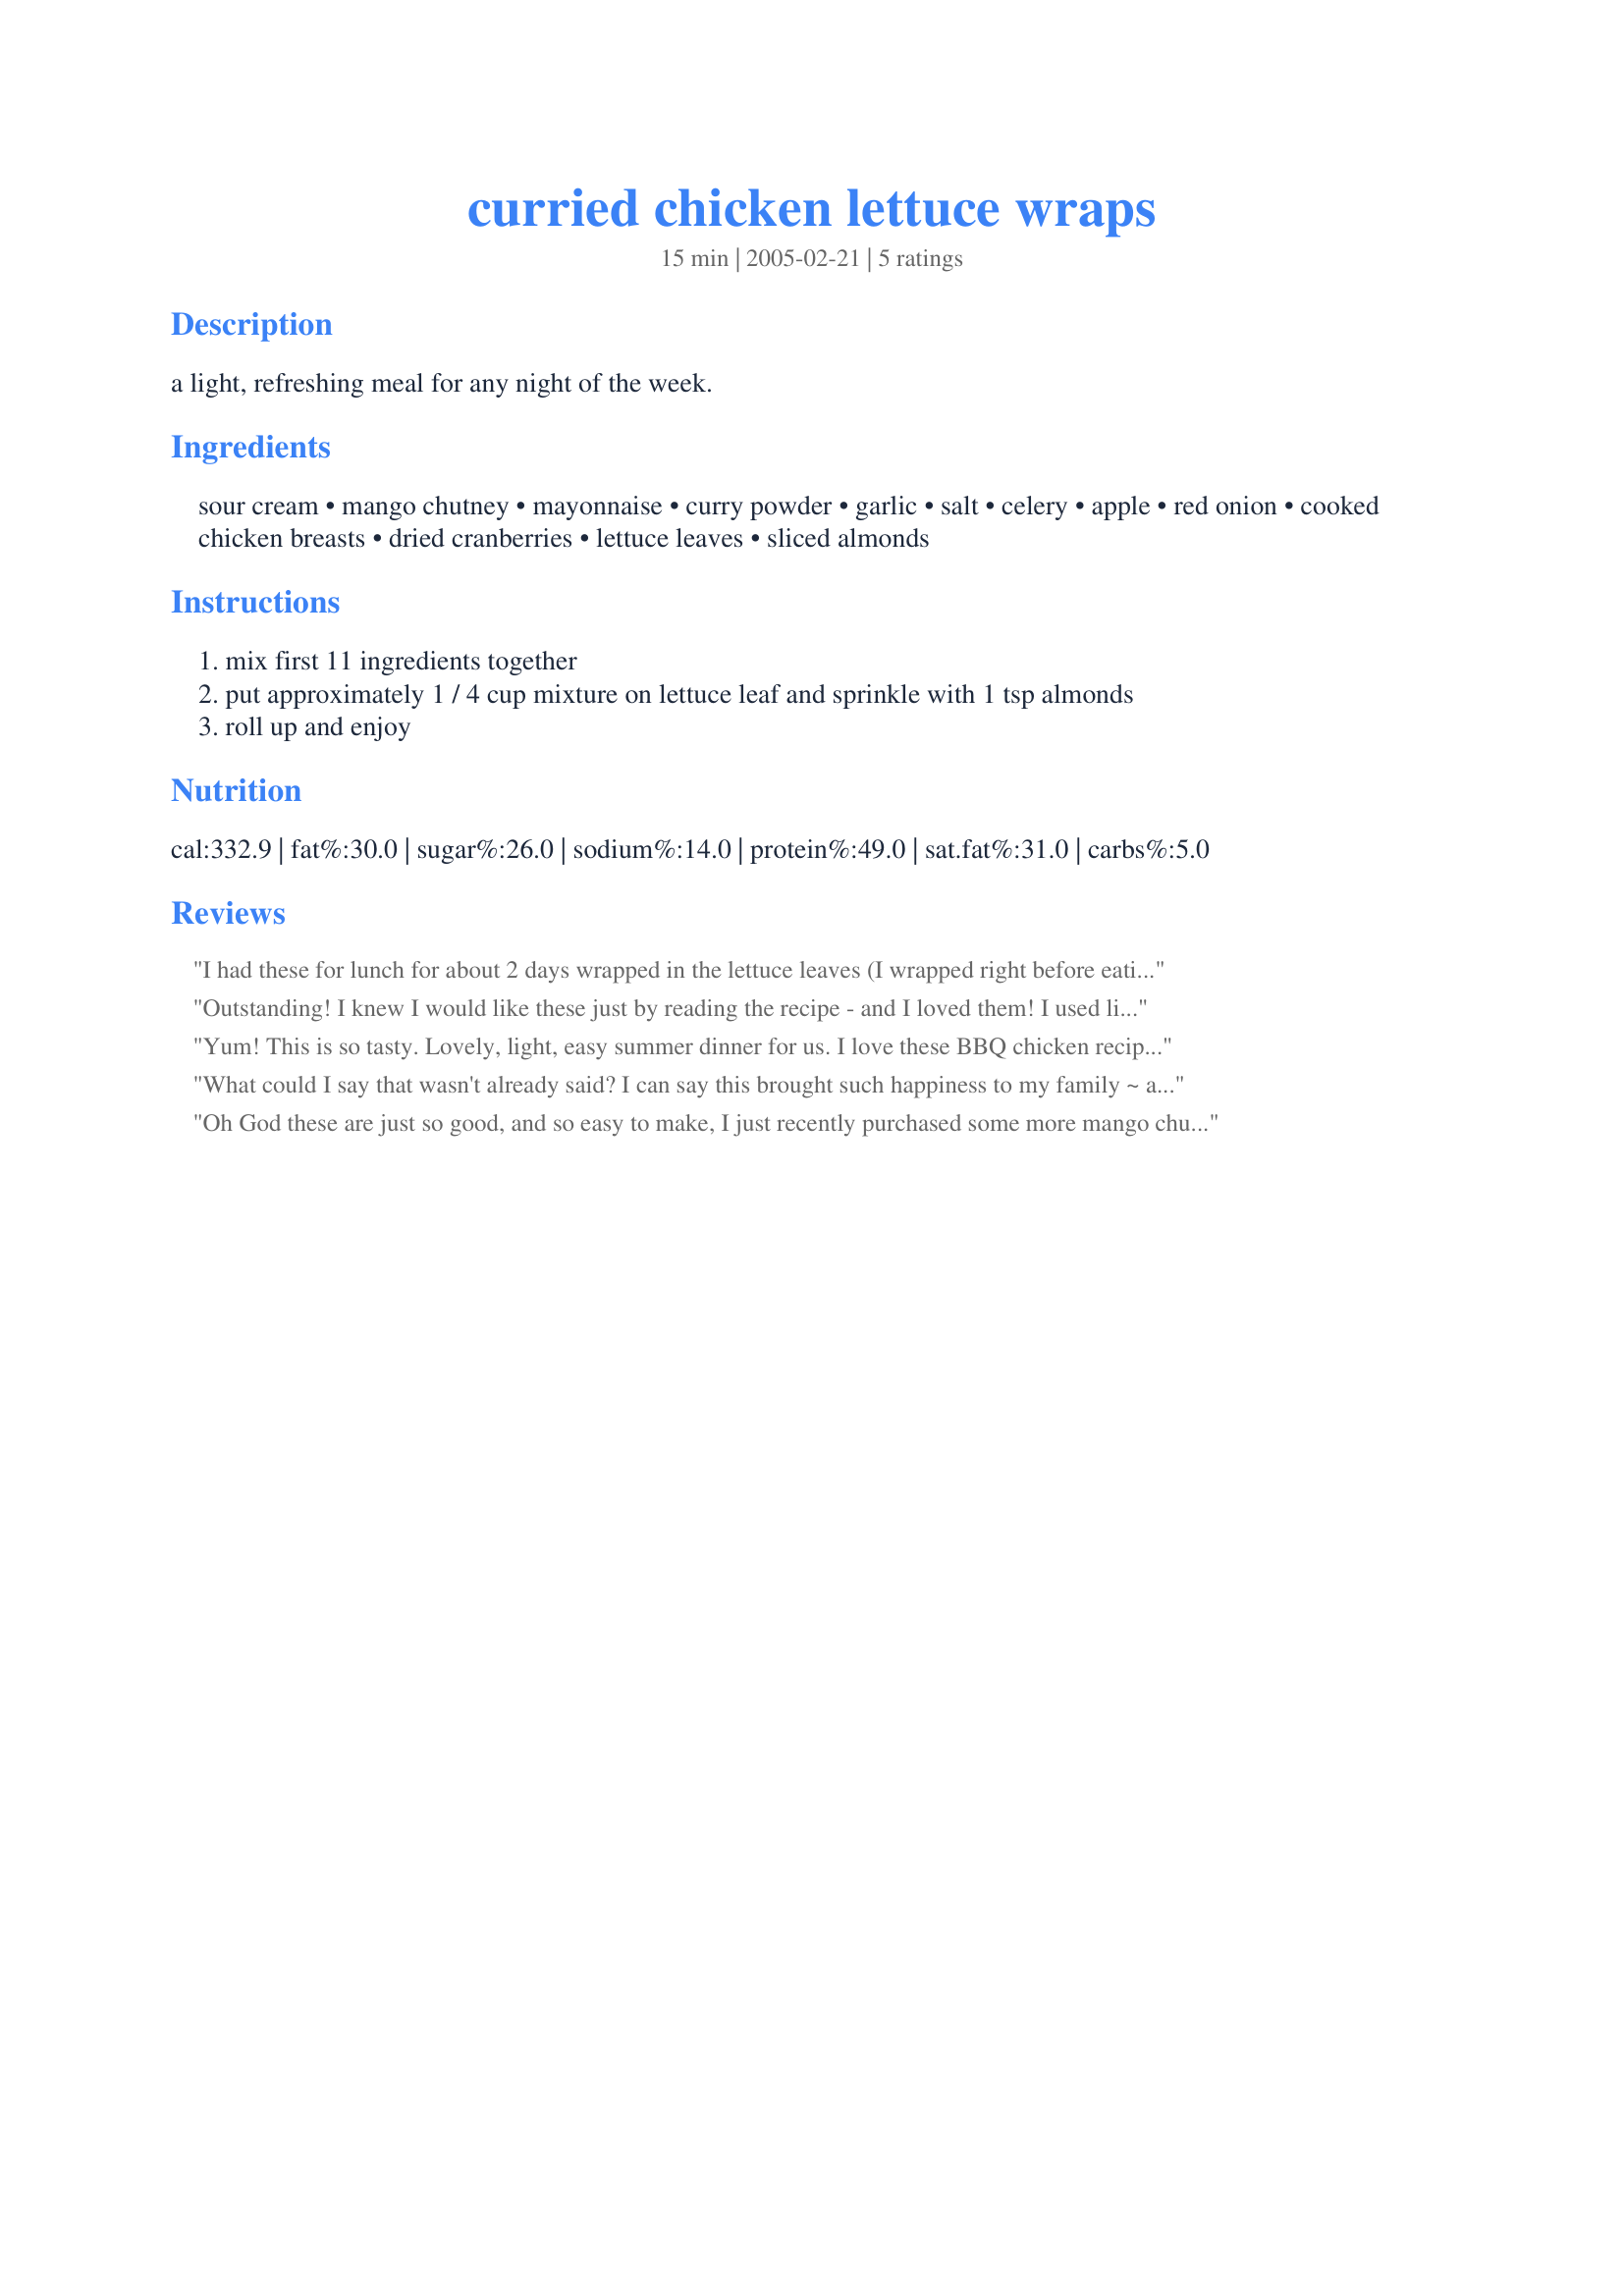
curried chicken lettuce wraps
Preparation time: 15 minutes

a light, refreshing meal for any night of the week.

Ingredients:
sour cream, mango chutney, mayonnaise, curry powder, garlic, salt, celery, apple, red onion, cooked chicken breasts, dried cranberries, lettuce leaves, sliced almonds

Steps:
mix first 11 ingredients together
put approximately 1 / 4 cup mixture on lettuce leaf and sprinkle with 1 tsp almonds
roll up and enjoy

Reviews:
I had these for lunch for about 2 days wrapped in the lettuce leaves (I wrapped right before eating). Then the lettuce leaves wilted, and I just ate the filling as salad. Great either way--the idea of adding chutney to the curried chicken salad is inspired. I didn't have the cranberries so used golden raisins. A treat!
Outstanding! I knew I would like these just by reading the recipe - and I loved them! I used light sour cream and mayo, and used leafy green lettuce. My only disappointment is in the fact that I didn't make more. I was going to have this for lunch over the next couple of days while the rest of my gang had something else. They had to be nosy, though, and get into my business in the kitchen and now I have to share!! Sharing is highly overrated.....
Yum! This is so tasty. Lovely, light, easy summer dinner for us. I love these BBQ chicken recipes ;) We didn't have cranberries so took echo echo's advise and used sultanas (or raisins). This was so quick to throw together. Thank you for posting, we really enjoyed this!
What could I say that wasn't already said? I can say this brought such happiness to my family ~ as all the tastes combined, the chutney, the curry, the garlic, the celery, all of it is just fabulous. There are sometimes you just want to put your feet up on the porch, and look over the fields and just enjoy picking up a wrap that is healthful, crunchy, and delightful. It's good to take a break, and devour this wonderful bite, every last bit of it too. I used regular sour cream, a light-ish mayonnaise, and a gala apple. Just beautiful, and I thank you, KelBel for sharing your wonderful recipes on Zaar. January 2009.
Oh God these are just so good, and so easy to make, I just recently purchased some more mango chutney as I had ran out of it, otherwise I would have made these sooner! I increased the garlic and I doubled the recipe and I'm glad I did, they are just delicious! make ceratin to eat these right away as the lettuce tends to get soft. Thanks KelBel...Kitten:)
